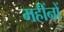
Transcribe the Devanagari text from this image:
महींनों